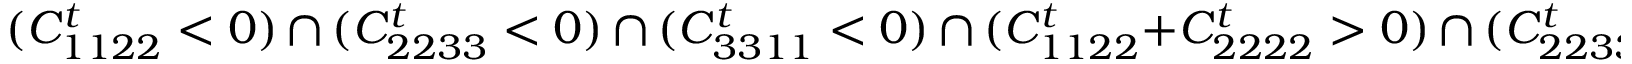
( C _ { 1 1 2 2 } ^ { t } < 0 ) \, \cap \, ( C _ { 2 2 3 3 } ^ { t } < 0 ) \, \cap \, ( C _ { 3 3 1 1 } ^ { t } < 0 ) \, \cap \, ( C _ { 1 1 2 2 } ^ { t } + C _ { 2 2 2 2 } ^ { t } > 0 ) \, \cap \, ( C _ { 2 2 3 3 } ^ { t } + C _ { 3 3 3 3 } ^ { t } > 0 ) \cap \, ( C _ { 3 3 1 1 } ^ { t } + C _ { 1 1 1 1 } ^ { t } > 0 )